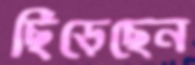
ছিঁড়েছেন